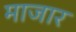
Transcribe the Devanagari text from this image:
माजार